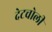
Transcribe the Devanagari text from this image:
देटचोली